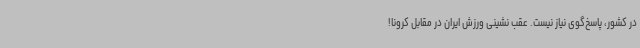
در کشور، پاسخ‌گوی نیاز نیست. عقب نشینی ورزش ایران در مقابل کرونا!